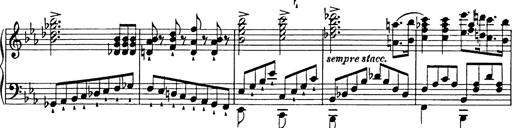
Title: Festmarsch zur SÃ¤cularfeier von Goethes Geburtstag
Composer: Franz Liszt